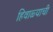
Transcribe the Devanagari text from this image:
हिवाळ्याची